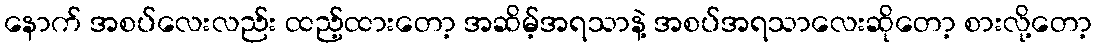
နောက် အစပ်လေးလည်း ထည့်ထားတော့ အဆိမ့်အရသာနဲ့ အစပ်အရသာလေးဆိုတော့ စားလို့တော့